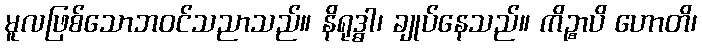
မူလဖြစ်သောဘဝင်သညာသည်။ နိရုဒ္ဓါ၊ ချုပ်နေသည်။ ကိဉ္စာပိ ဟောတိ၊